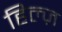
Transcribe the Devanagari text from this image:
हिल्ज़